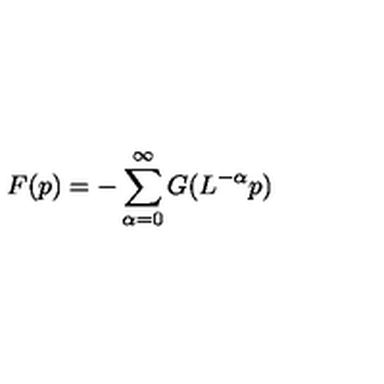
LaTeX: F ( p ) = - \sum _ { \alpha = 0 } ^ { \infty } G ( L ^ { - \alpha } p )